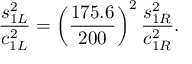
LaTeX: { \frac { s _ { 1 L } ^ { 2 } } { c _ { 1 L } ^ { 2 } } } = \left( { \frac { 1 7 5 . 6 } { 2 0 0 } } \right) ^ { 2 } { \frac { s _ { 1 R } ^ { 2 } } { c _ { 1 R } ^ { 2 } } } .